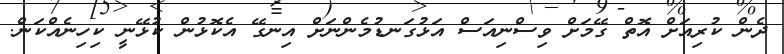
ދެން ކުރިއަށް އޮތް ގޭމަށް ވިސްނިއަސް އަޅުގަނޑުމެންނަށް އިނގޭ އެކޮޅުން ކުޅޭނީ ކިހިނެއްކަން.